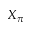
X _ { \pi }